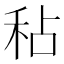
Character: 秥